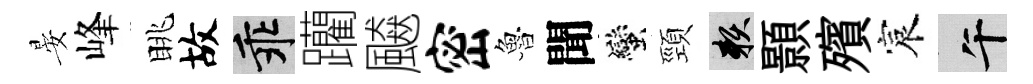
晏峰眺故乖躪飇密魯聞蠻頸賴顥殯宸午